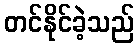
တင်နိုင်ခဲ့သည်